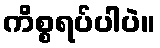
ကိစ္စရပ်ပါပဲ။